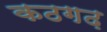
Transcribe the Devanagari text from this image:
कठगढ़